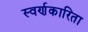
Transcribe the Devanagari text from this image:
स्वर्णकारिता